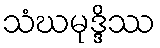
သံဃမုဒ္ဒိဿ